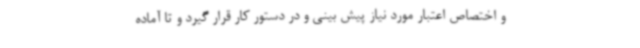
و اختصاص اعتبار مورد نیاز پیش بینی و در دستور کار قرار گیرد و تا آماده